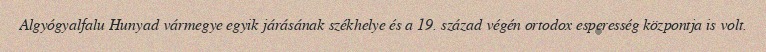
Algyógyalfalu Hunyad vármegye egyik járásának székhelye és a 19. század végén ortodox esperesség központja is volt.